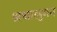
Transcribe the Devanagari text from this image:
श्रधालुगन